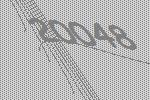
20048